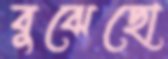
বুঝেছো